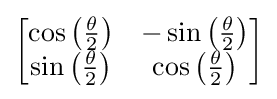
{\begin{bmatrix}\cos \left({\frac {\theta }{2}}\right)&-\sin \left({\frac {\theta }{2}}\right)\\\sin \left({\frac {\theta }{2}}\right)&\cos \left({\frac {\theta }{2}}\right)\end{bmatrix}}